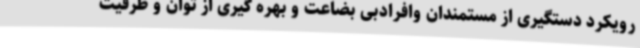
رویکرد دستگیری از مستمندان وافرادبی بضاعت و بهره گیری از توان و ظرفیت